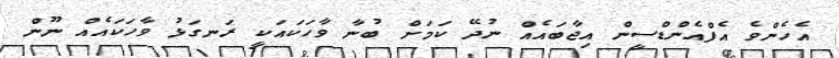
އެހެންވެ އެފްއެންޑްސީން އިޖާބައެއް ނުދޭ ކަމަށް ބުނާ ވާހަކައަކީ ރަނގަޅު ވާހަކައެއް ނޫން